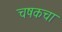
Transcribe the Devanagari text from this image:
चषकचा